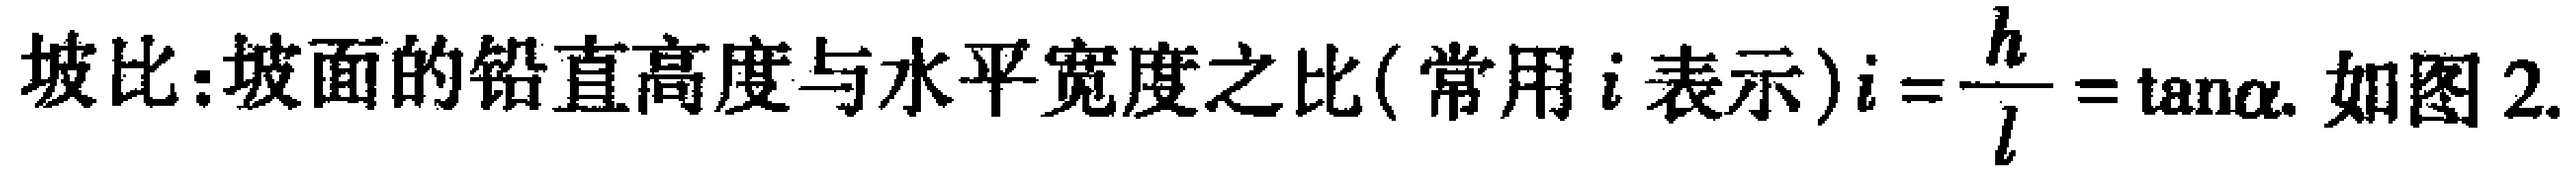
坡比:坡面的铅直高度与水平宽度之比(常用\(i\)表示)\(i = \frac{h}{l}=\tan\alpha\). 如图2.